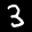
Label: 3